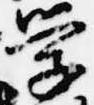
学